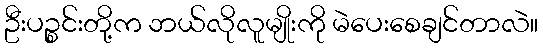
ဦးပဉ္စင်းတို့က ဘယ်လိုလူမျိုးကို မဲပေးစေချင်တာလဲ။